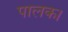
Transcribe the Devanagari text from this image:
पालक।